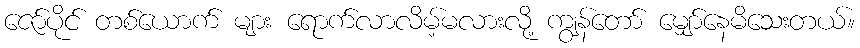
ဇော်ပိုင် တစ်ယောက် များ ရောက်လာလိမ့်မလားလို့ ကျွန်တော် မျှော်နေမိသေးတယ်။